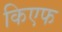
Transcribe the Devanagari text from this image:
किएफ